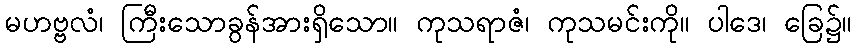
မဟဗ္ဗလံ၊ ကြီးသောခွန်အားရှိသော။ ကုသရာဇံ၊ ကုသမင်းကို။ ပါဒေ၊ ခြေ၌။